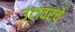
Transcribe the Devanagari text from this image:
उंटावरचे